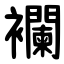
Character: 襴